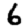
Digit: 6